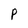
Character: P